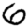
Digit: 6